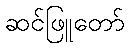
ဆင်ဖြူတော်